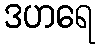
ဒဟရေ